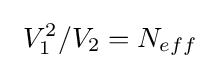
\ V_{1}^{2}/V_{2}=N_{eff}